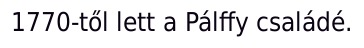
1770-től lett a Pálffy családé.